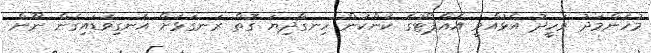
މުހަންމަދު ވަހީދު އެޅުއްވީ އެއާޕޯޓުގެ ކަންކަން ހިނގާދިޔަ ގޮތް ރަނގަޅަށް އެނގިވަޑައިގެން ނޫން